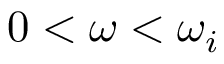
0 < \omega < \omega _ { i }